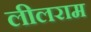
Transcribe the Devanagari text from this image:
लीलराम